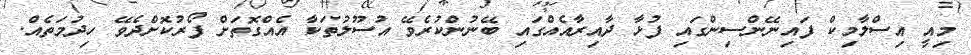
މިއީ އިސްލާމިކް ފައިނޭންސިންގައި ފުޅާ ދާއިރާއެއްގައި ބޭނުންކުރެވޭ އުސޫލުތަކާ އެއްގޮތަށް ފޯރުކޮށްދެވޭ ހިދުމަތެއް.